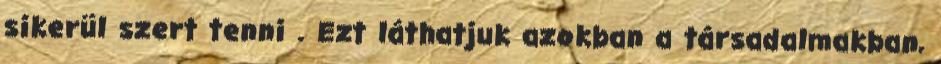
sikerül szert tenni . Ezt láthatjuk azokban a társadalmakban,